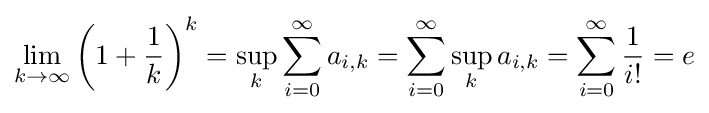
\lim _{k\to \infty }\left(1+{\frac {1}{k}}\right)^{k}=\sup _{k}\sum _{i=0}^{\infty }a_{i,k}=\sum _{i=0}^{\infty }\sup _{k}a_{i,k}=\sum _{i=0}^{\infty }{\frac {1}{i!}}=e